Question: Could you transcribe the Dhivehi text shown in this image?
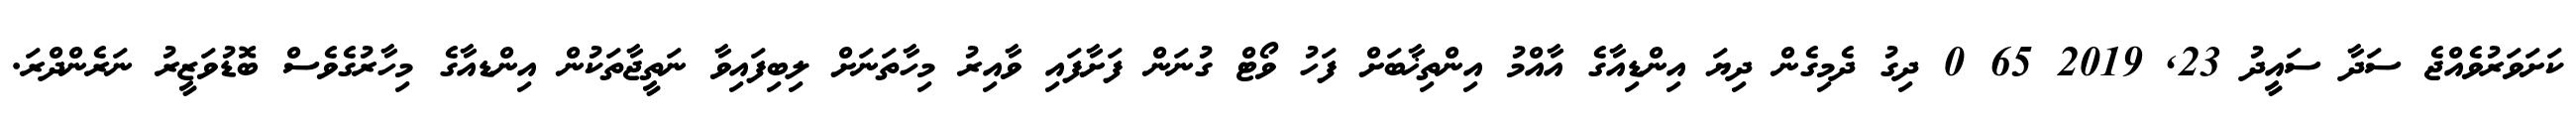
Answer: ކަށަވަރުވެއްޖެ ސަދާ ސައީދު 23, 2019 65 0 ދިގު ދެމިގެން ދިޔަ އިންޑިއާގެ އާއްމު އިންތިޚާބަށް ފަހު ވޯޓް ގުނަން ފަށާފައި ވާއިރު މިހާތަނަށް ލިބިފައިވާ ނަތީޖާތަކުން އިންޑއާގެ މިހާރުގެވެސް ބޮޑުވަޒީރު ނަރެންދްރަ.